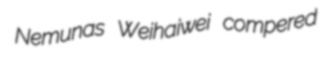
Nemunas Weihaiwei compered